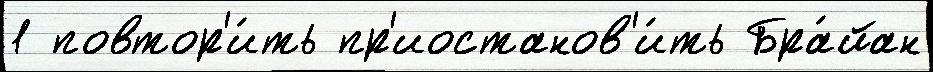
1 повтор'и́ть пр'иостанов'и́ть Бра́йан